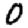
Digit: 0